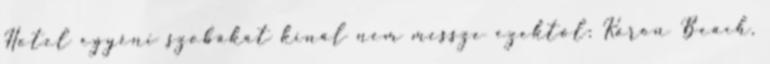
Hotel egyéni szobákat kínál nem messze ezektől: Karon Beach,